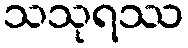
သသုရဿ